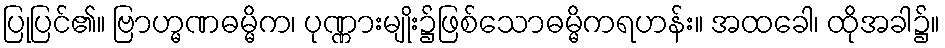
ပြုပြင်၏။ ဗြာဟ္မဏဓမ္မိက၊ ပုဏ္ဏားမျိုး၌ဖြစ်သောဓမ္မိကရဟန်း။ အထခေါ၊ ထိုအခါ၌။